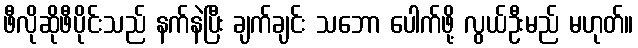
ဖီလိုဆိုဖီပိုင်းသည် နက်နဲပြီး ချက်ချင်း သဘော ပေါက်ဖို့ လွယ်ဦးမည် မဟုတ်။